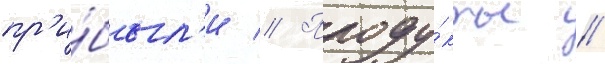
пр'и́был'и // Проду́кты /